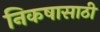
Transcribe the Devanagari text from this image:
निकषासाठी